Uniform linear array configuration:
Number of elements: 24
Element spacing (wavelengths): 1
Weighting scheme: hamming
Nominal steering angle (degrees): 60
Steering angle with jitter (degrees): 59.822
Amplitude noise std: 0.05
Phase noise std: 0.05

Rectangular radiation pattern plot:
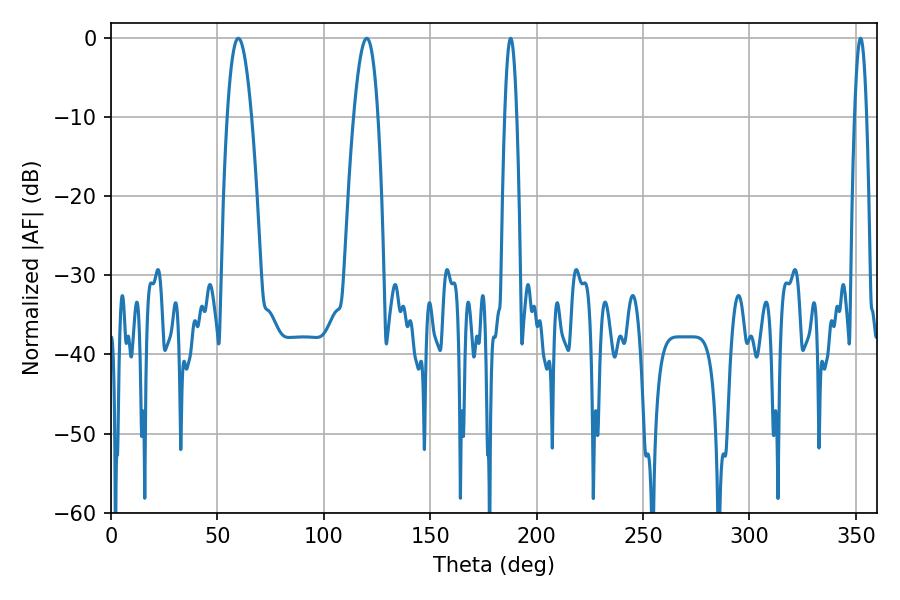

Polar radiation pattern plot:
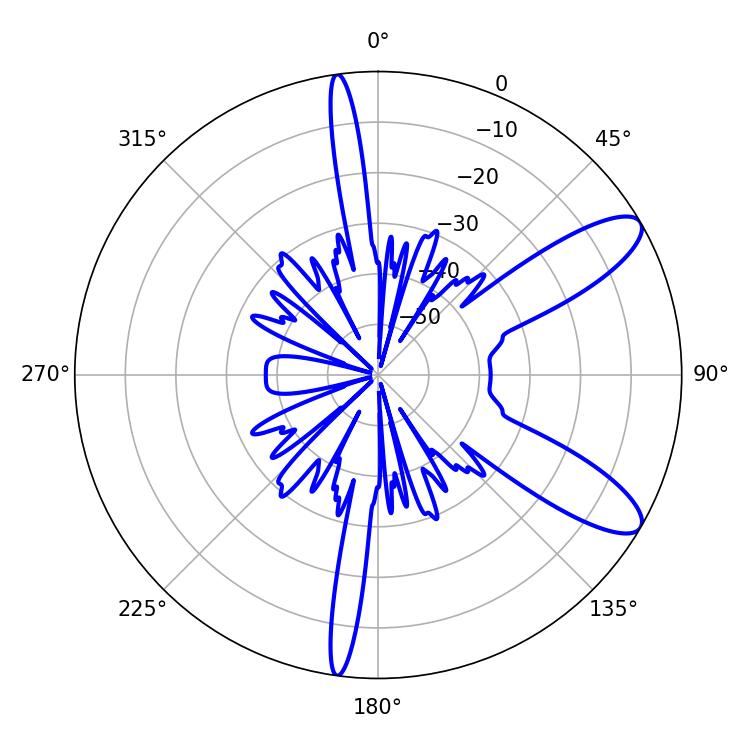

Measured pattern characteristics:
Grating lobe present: TRUE
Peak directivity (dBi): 10.247
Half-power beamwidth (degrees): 6.3
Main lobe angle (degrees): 120.24